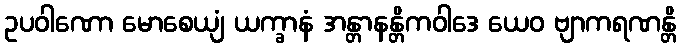
ဥပဝါဏော မောစေယျံ ယက္ခာနံ အန္တာနန္တိကဝါဒေ ယေဝ ဗျာကရဏန္တိ